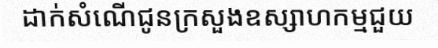
ដាក់សំណើជូនក្រសួងឧស្សាហកម្មជួយ